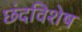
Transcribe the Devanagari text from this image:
छंदविशेष